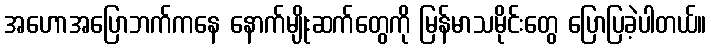
အဟောအပြောဘက်ကနေ နောက်မျိုးဆက်တွေကို မြန်မာသမိုင်းတွေ ပြောပြခဲ့ပါတယ်။